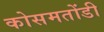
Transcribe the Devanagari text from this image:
कोसमतोंडी